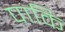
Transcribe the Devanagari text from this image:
पाकि